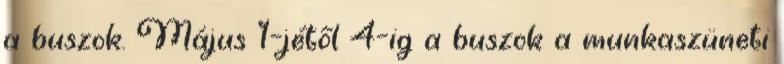
a buszok. Május 1–jétől 4–ig a buszok a munkaszüneti